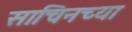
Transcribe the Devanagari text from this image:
साचिनच्या